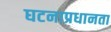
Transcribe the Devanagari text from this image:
घटनाप्रधानता